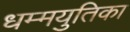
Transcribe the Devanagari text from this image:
धम्मयुतिका